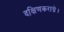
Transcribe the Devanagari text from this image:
दक्षिणकराग्रे।